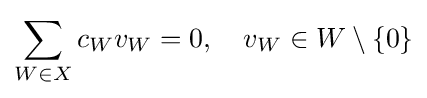
\sum _{W\in X}c_{W}v_{W}=0,\quad v_{W}\in W\setminus \{0\}